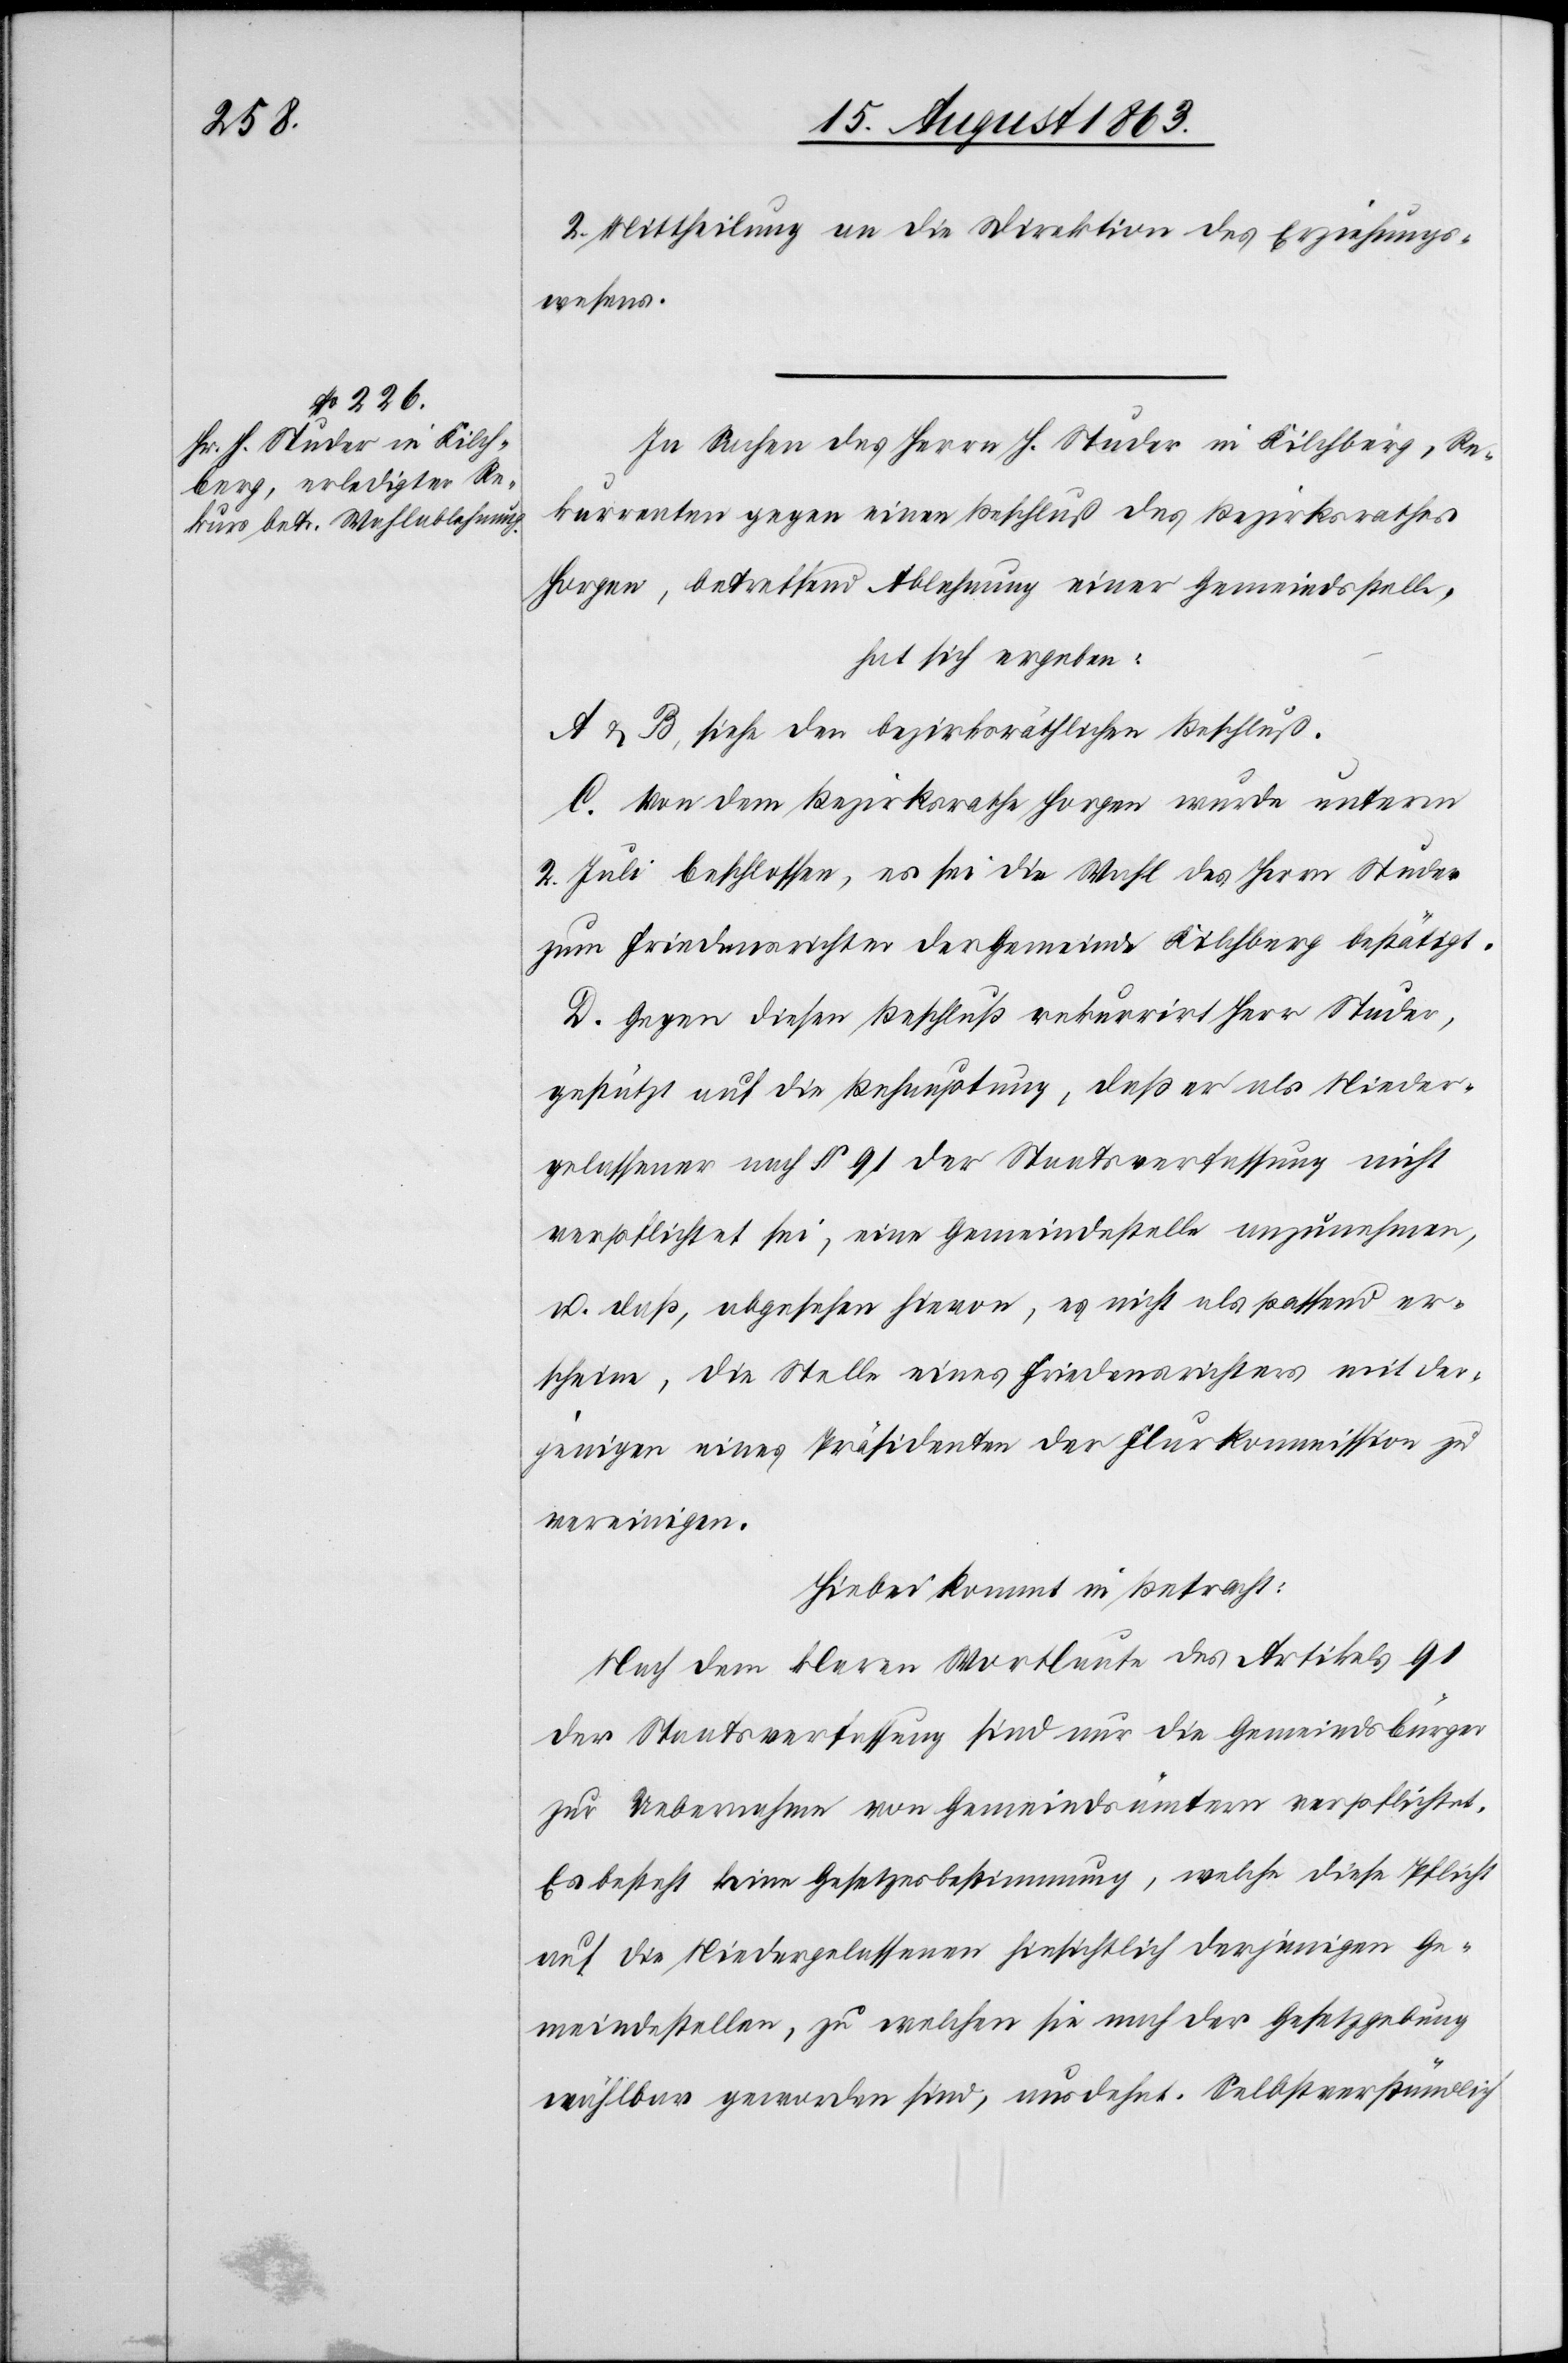
2. Mittheilung an die Direktion des Erziehungs¬
wesens.
In Sachen des Herrn H. Studer in Kilchberg, Re¬
kurrenten gegen einen Beschluß des Bezirksrathes
Horgen, betreffend Ablehnung einer Gemeindsstelle,
hat sich ergeben:
A & B, siehe den bezirksräthlichen Beschluß.
C. Von dem Bezirksrathe Horgen wurde unterm
2. Juli beschlossen, es sei die Wahl des Herrn Studer
zum Friedensrichter der Gemeinde Kilchberg bestätigt.
D. Gegen diesen Beschluß rekurrirt Herr Studer,
gestützt auf die Behauptung, daß er als Nieder¬
gelassener nach § 91 der Staatsverfassung nicht
verpflichtet sei, eine Gemeindestelle anzunehmen,
u. daß, abgesehen hievon, es nicht als passend er¬
scheine, die Stelle eines Friedensrichters mit der¬
jenigen eines Präsidenten der Flurkommission zu
vereinigen.
Hiebei kommt in Betracht:
Nach dem klaren Wortlaute des Artikels 91
der Staatsverfassung sind nur die Gemeindsbürger
zur Uebernahme von Gemeindsämtern verpflichtet.
Es besteht keine Gesetzesbestimmung, welche diese Pflicht
auf die Niedergelassenen hinsichtlich derjenigen Ge¬
meindestellen, zu welchen sie nach der Gesetzgebung
wählbar geworden sind, ausdehnt. Selbstverständlich